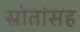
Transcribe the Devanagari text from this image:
स्रोतांसह